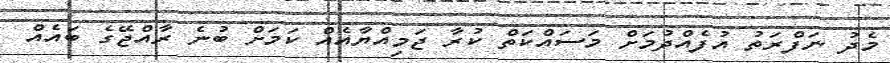
މެދު ނަފްރަތު އުފެއްދުމަށް މަސައްކަތް ކުރާ ޖަމިއްޔާއެއް ކަމަށް ބުނެ ރާއްޖޭގެ ބައެއް